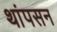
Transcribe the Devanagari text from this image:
थांपसन